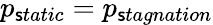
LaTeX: p_{\mathsf{s}tatic}=p_{\mathsf{s}tagnation}